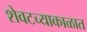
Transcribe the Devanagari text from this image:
शेवटच्याकाळात